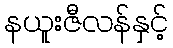
နယူးဇီလန်နှင့်